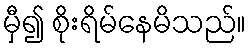
မှီ၍ စိုးရိမ်နေမိသည်။